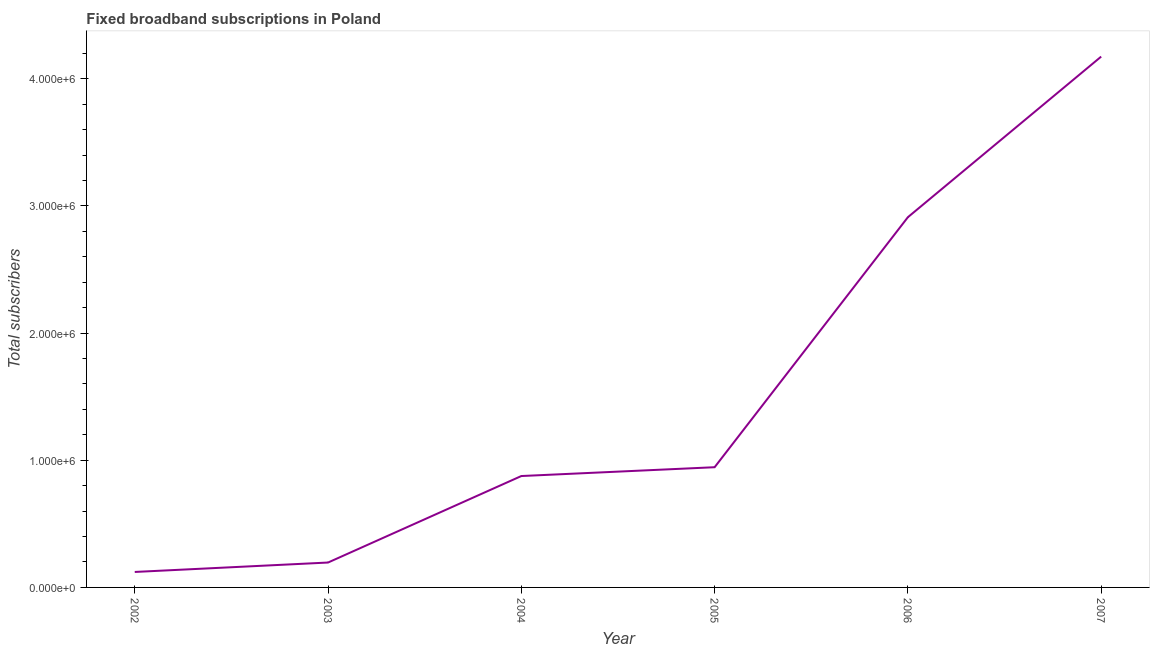
| Year | Fixed broadband subscriptions |
 | --- | --- |
 | 2002 | 1.22e+05 |
 | 2003 | 1.96e+05 |
 | 2004 | 8.76e+05 |
 | 2005 | 9.45e+05 |
 | 2006 | 2.91e+06 |
 | 2007 | 4.17e+06 |